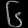
Digit: ၆